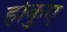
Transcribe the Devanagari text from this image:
होकुए